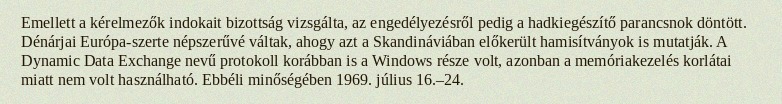
Emellett a kérelmezők indokait bizottság vizsgálta, az engedélyezésről pedig a hadkiegészítő parancsnok döntött. Dénárjai Európa-szerte népszerűvé váltak, ahogy azt a Skandináviában előkerült hamisítványok is mutatják. A Dynamic Data Exchange nevű protokoll korábban is a Windows része volt, azonban a memóriakezelés korlátai miatt nem volt használható. Ebbéli minőségében 1969. július 16.–24.